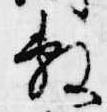
敷